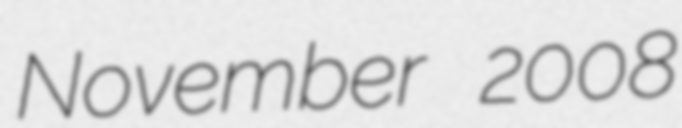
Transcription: November 2008